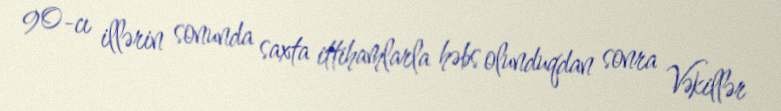
90-cı illərin sonunda saxta ittihamlarla həbs olunduqdan sonra Vəkillər